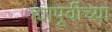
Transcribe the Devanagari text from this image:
ह्यापूर्वीच्या